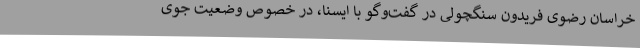
خراسان رضوی فریدون سنگچولی در گفت‌وگو با ایسنا، در خصوص وضعیت جوی